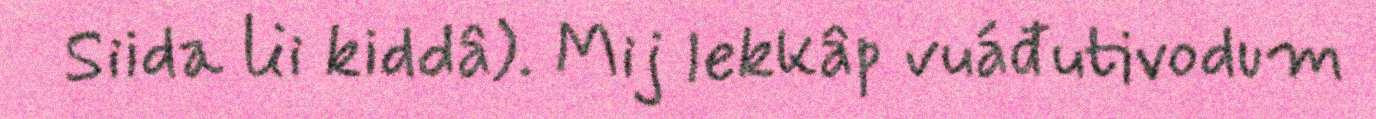
Siida lii kiddâ). Mij lekkâp vuáđutivodum